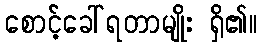
စောင့်ခေါ်ရတာမျိုး ရှိ၏။